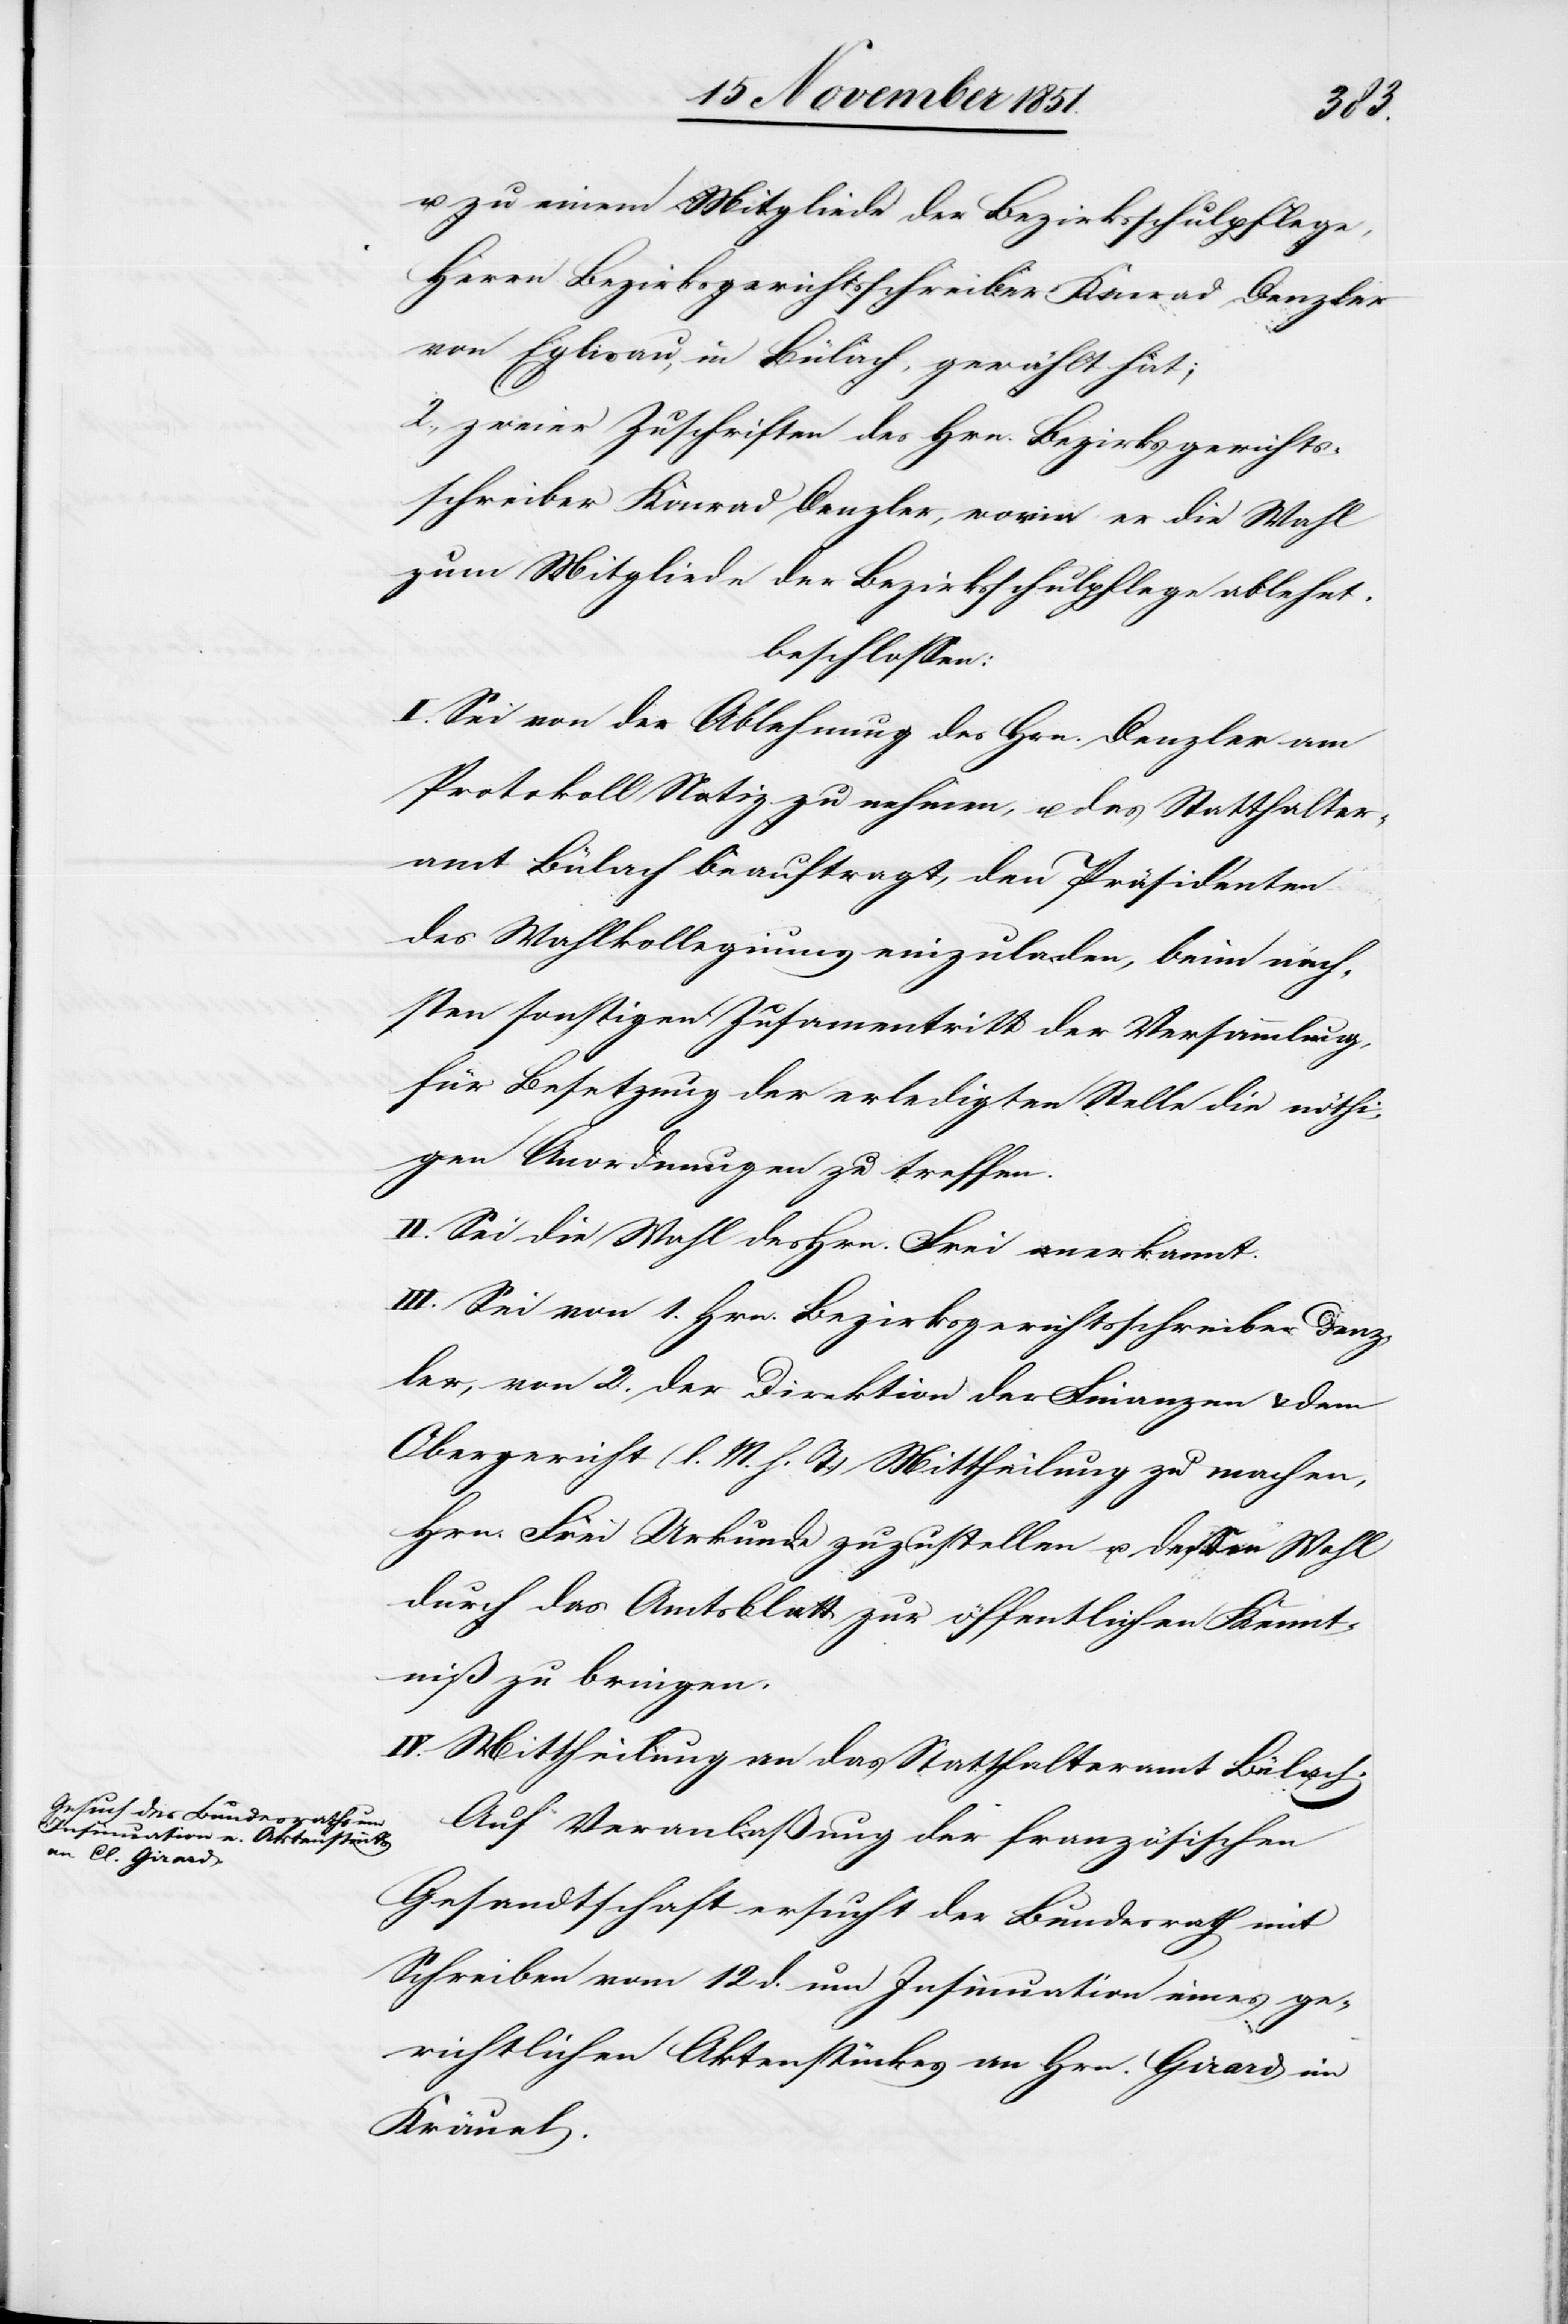
u. zu einem Mitgliede der Bezirksschulpflege,
Herrn Bezirksgerichtsschreiber Konrad Denzler
von Eglisau, in Bülach, gewählt hat;
2. zweier Zuschriften des Hrn. Bezirksgerichts¬
schreiber Konrad Denzler, worin er die Wahl
zum Mitgliede der Bezirksschulpflege ablehnt,
beschlossen:
I. Sei von der Ablehnung des Hrn. Denzler am
Protokoll Notiz zu nehmen, u. das Statthalter¬
amt Bülach beauftragt, den Präsidenten
des Wahlkollegiums einzuladen, beim näch¬
sten sonstigen Zusam[m]entritt der Versammlung,
für Besetzung der erledigten Stelle die nöthi¬
gen Anordnungen zu treffen.
II. Sei die Wahl des Hrn. Frei anerkannt.
III. Sei von 1. Hrn. Bezirksgerichtsschreiber Denz¬
ler, von 2. der Direktion der Finanzen & dem
Obergericht (l. M. h. T.) Mittheilung zu machen,
Hrn. Frei Urkunde zuzustellen u. dessen Wahl
durch das Amtsblatt zur öffentlichen Kennt¬
niß zu bringen.
IV. Mittheilung an das Statthalteramt Bülach.
Auf Veranlaßung der französischen
Gesandtschaft ersucht der Bundesrath mit
Schreiben vom 12 d. um Insinuation eines ge¬
richtlichen Aktenstückes an Hrn. Girard im
Kräuel.